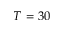
T = 3 0